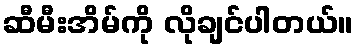
ဆီမီးအိမ်ကို လိုချင်ပါတယ်။